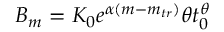
B _ { m } = K _ { 0 } e ^ { \alpha ( m - m _ { t r } ) } \theta t _ { 0 } ^ { \theta }